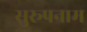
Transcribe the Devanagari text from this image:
सुरूपनाम